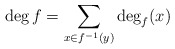
\begin{align*} \deg f=\sum\limits_{x\in f^{-1}(y)} \deg_f (x)\end{align*}